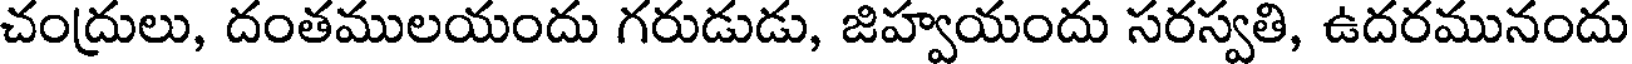
చంద్రులు, దంతములయందు గరుడుడు, జిహ్వయందు సరస్వతి, ఉదరమునందు